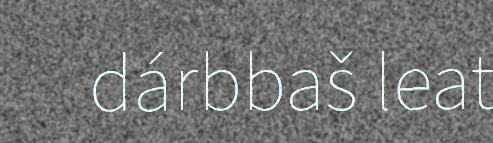
dárbbaš leat